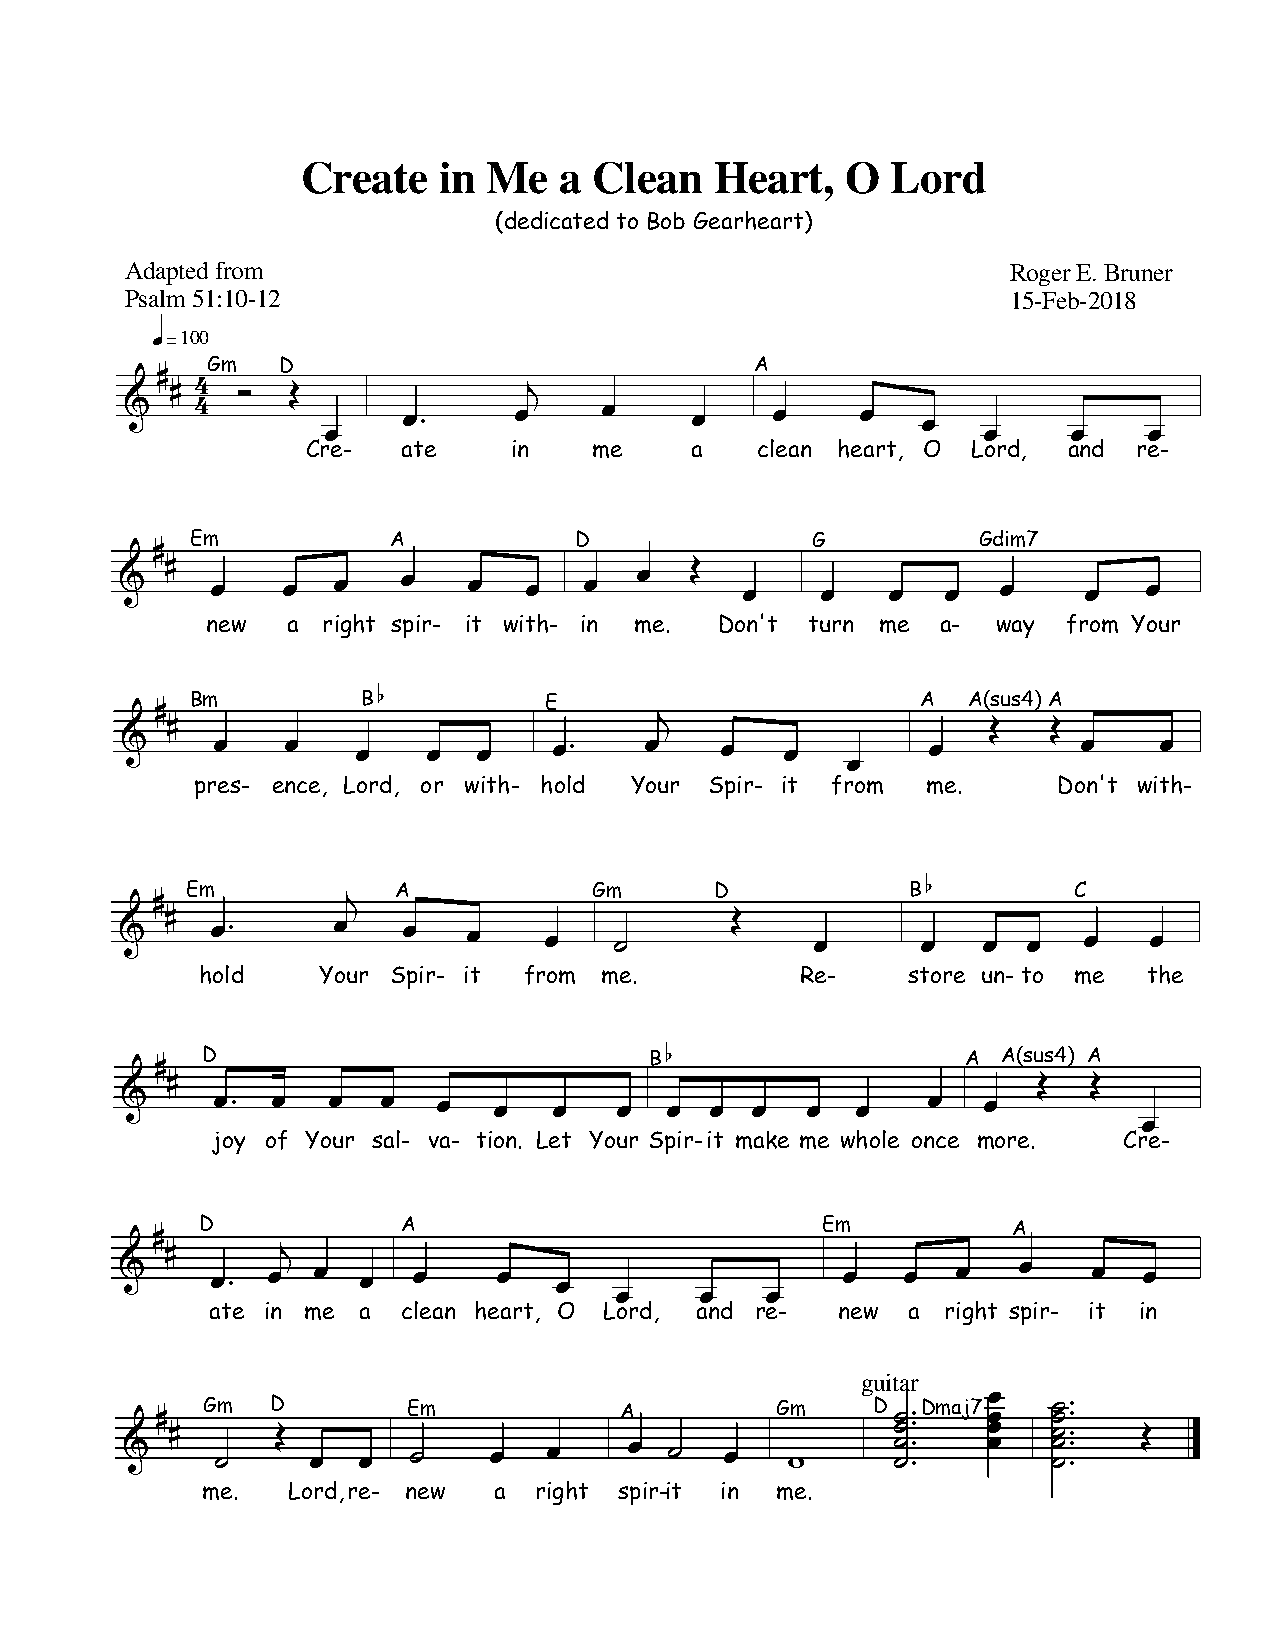
Create   in Me   a Clean   Heart,   O  Lord
 (dedicated to Bob Gearheart)
 Adapted from                                               Roger E. Bruner
 Psalm 51:10-12                                             15-Feb-2018
 ð100
 Gm   D                              A
 Ú Ú 4 ‡  †               r
 :    4             H‹     H     H     H    H     H   H
 H                                          H     H    H
 Cre-   ate    in   me     a   clean heart, O Lord, and re-
 Em           A           D               G          Gdim7
 Ú
 :  Ú  H    H  H    H   H   H   H  H   †  H    H    H   H  H     H   H
 new  a right spir- it with- in me. Don't turn me a- way  from Your
 Bm         BÜ          E                        A  A(sus4) A
 Ú                                 r
 Ú                                                      †  †
 :     H    H    H   H   H    H‹    H    H   H         H         H    H
 H
 pres- ence, Lord, or with- hold Your Spir- it from me.   Don't with-
 Em         r  A            Gm      D            BÜ         C
 Ú
 :  Ú  H‹      H    H   H    H    G      †     H      H   H  H   H   H
 hold    Your Spir- it from me.          Re-    store un-to me  the
 D                             BÜ                   A A(sus4) A
 Ú
 Ú                                                         †  †
 :     H‹  H   H  H   H   H   H   H  H  H  H  H   H   H   H
 H
 joy of Your sal- va- tion. Let Your Spir-it make me whole once more. Cre-
 D             A                          Em           A
 Ú        r
 Ú
 :     H‹  H  H  H  H     H   H                  H   H  H   H    H   H
 H    H    H
 ate in me a  clean heart, O Lord, and re- new a  right spir- it in
 guitar
 : Ú Ú G Gm D † H H E Gm H   H    A H G  H  G Fm   D G G G G‹ ‹ ‹ ‹Dmaj7H H H H G G G G G‹ ‹ ‹ ‹ ‹ †
 me.   Lord,re- new  a right spir-it in me.